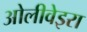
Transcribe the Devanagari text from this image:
ओलीवेइरा